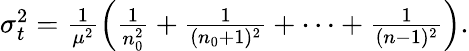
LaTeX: \begin{array}{r}{\sigma_{t}^{2}=\frac{1}{\mu^{2}}\left(\frac{1}{n_{0}^{2}}+\frac{1}{(n_{0}+1)^{2}}+\cdots+\frac{1}{(n-1)^{2}}\right).}\end{array}